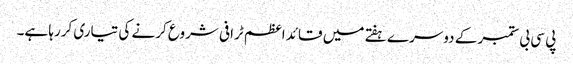
پی سی بی ستمبر کے دوسرے ہفتے میں قائد اعظم ٹرافی شروع کرنے کی تیاری کررہا ہے۔